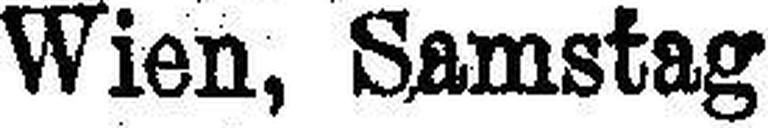
Wien, Samstag